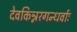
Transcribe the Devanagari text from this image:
देवकिन्नरगन्धर्वाः